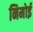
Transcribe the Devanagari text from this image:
निमोई